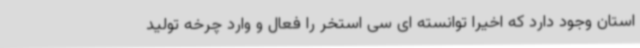
استان وجود دارد که اخیرا توانسته ای سی استخر را فعال و وارد چرخه تولید